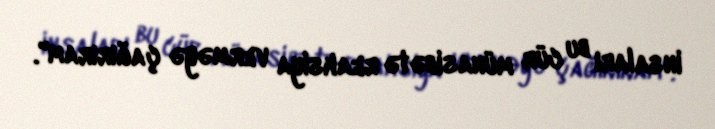
insaları bu cür münasibətə reaksiya verməyə çağırıram".